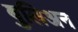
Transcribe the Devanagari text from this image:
बुलिअन